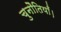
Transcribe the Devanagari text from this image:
चुनौतियाँ।